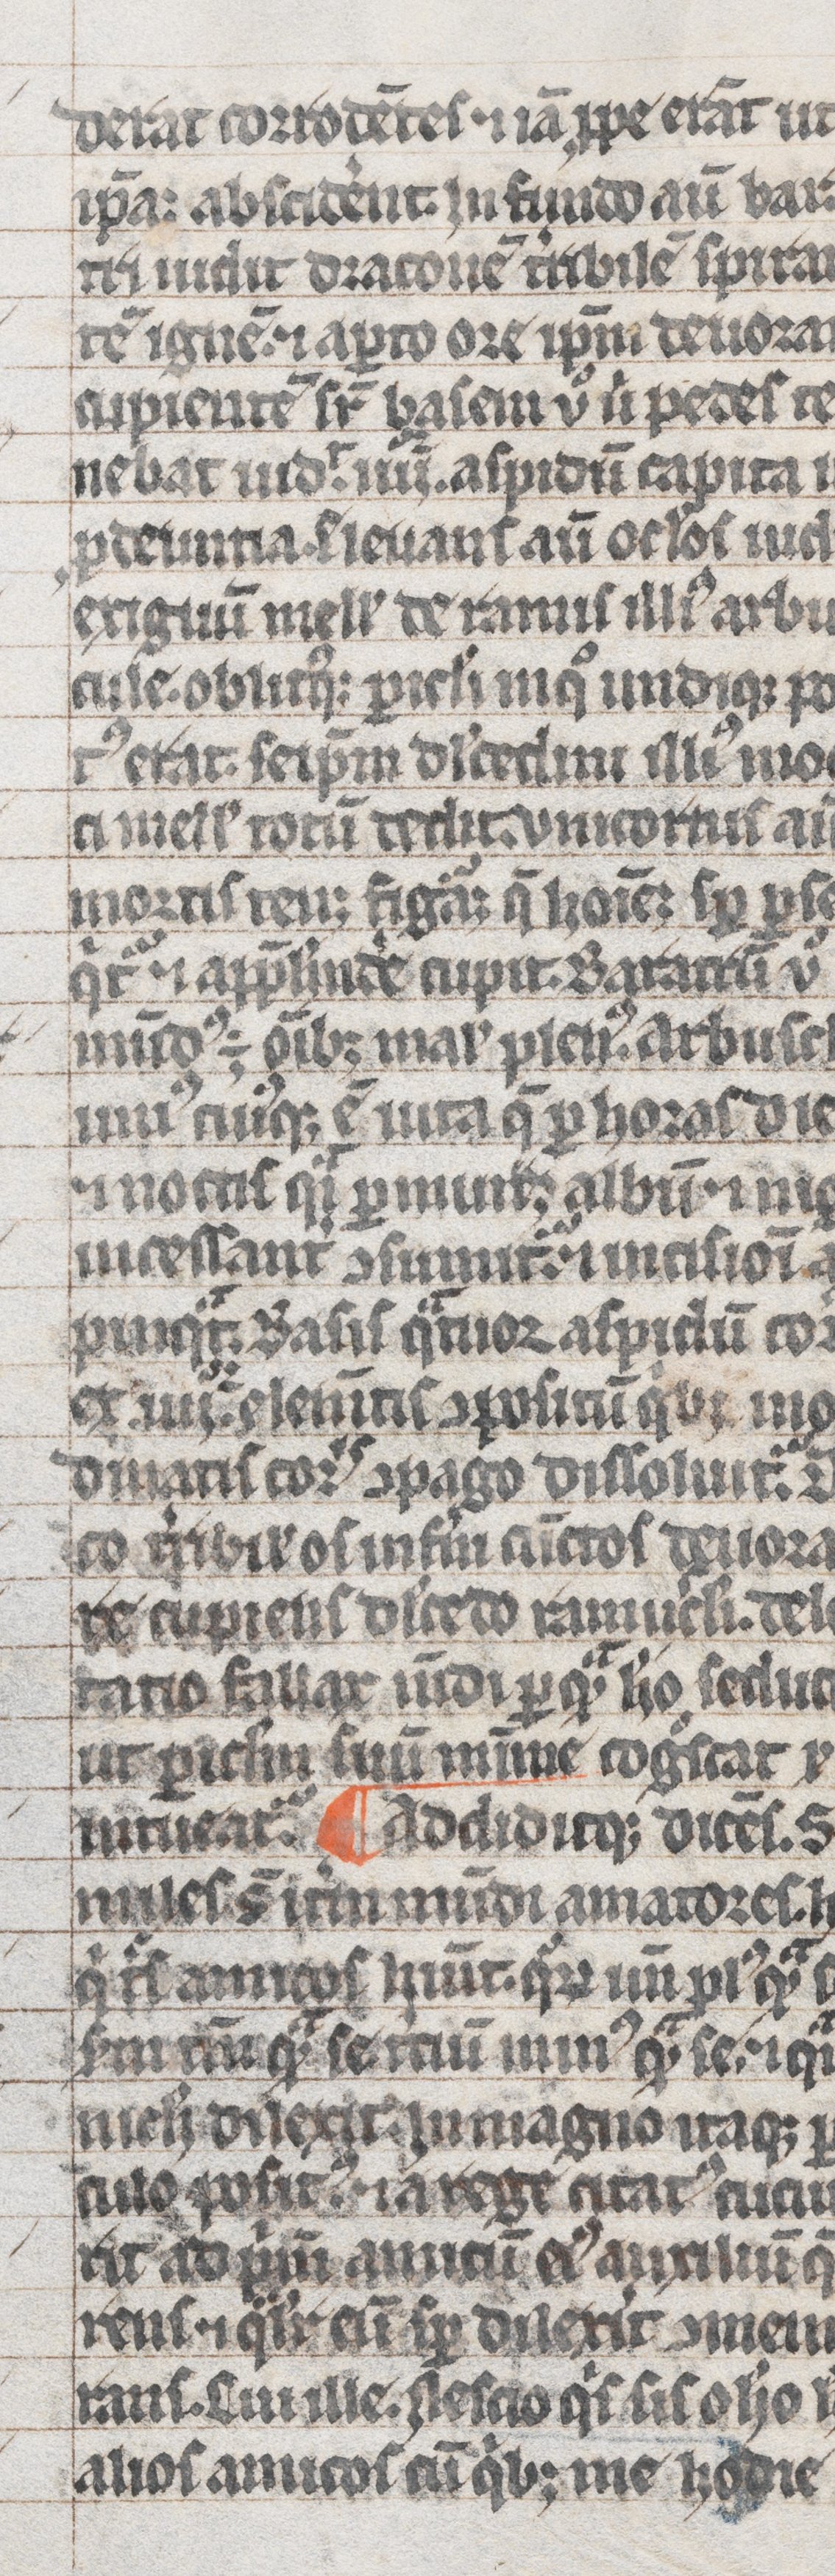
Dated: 1300–1399